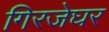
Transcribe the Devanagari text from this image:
गिरजेघर